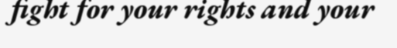
fight for your rights and your